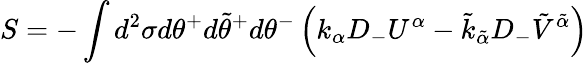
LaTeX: S=-\int d^{2}\sigma d\theta^{+}d\tilde{\theta}^{+}d\theta^{-}\left(k_{\alpha}D_{-}U^{\alpha}-\tilde{k}_{\tilde{\alpha}}D_{-}\tilde{V}^{\tilde{\alpha}}\right)